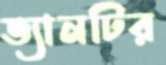
ভ্যানটির